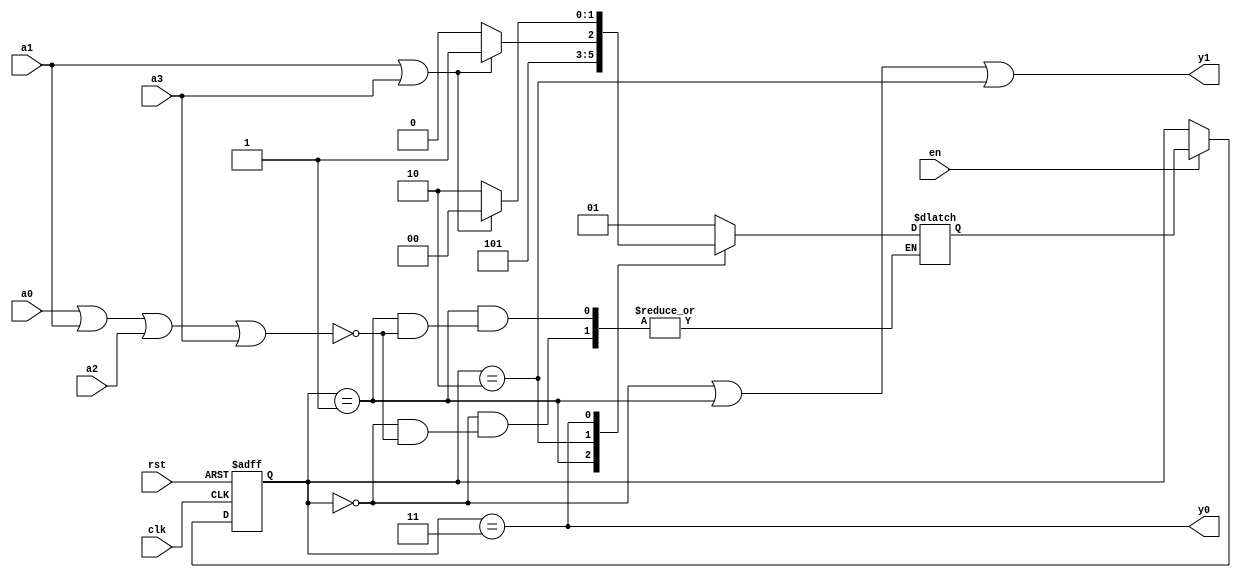
module state_machine (
	input  clk, 
	input  en, 
	input  rst, 
	input  a0, 
	input  a1, 
	input  a2, 
	input  a3, 
	output y0, 
	output y1 	
);

localparam [1:0] S0 = 2'b00, 
				 S1 = 2'b01, 
				 S2 = 2'b10, 
				 S3 = 2'b11;

reg [1:0] state; 
reg [1:0] next_state;

always @(posedge clk or negedge rst) begin
	if (!rst)
		state <= S0;
	else if (en)
		state <= next_state;
end

always @(*) begin
	case(state)
		S0: 
			if (a0 | a1 | a2 | a3)
				next_state = S1;
		S1:
			if (a0 | a1 | a2 | a3)
				next_state = S2;
		S2:
			if (a1 | a3)
				next_state = S3;
			else 
				next_state = S2;
		S3: 
			if (a1 | a3)
				next_state = S0;
			else 
				next_state = S2;
		default: next_state = S0;
	endcase
end

assign y1 = (state == S0 || state == S1 || state == S2);
assign y0 = state == S3;

endmodule